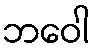
ဘဝေါ